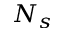
N _ { s }